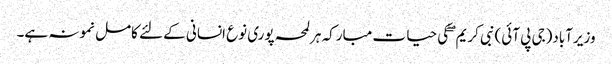
وزیرآباد(جی پی آئی)نبی کریم ۖ کی حیا ت مبارکہ ہرلمحہ پوری نوع انسانی کے لئے کامل نمونہ ہے۔